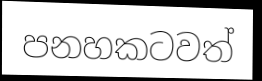
පනහකටවත්